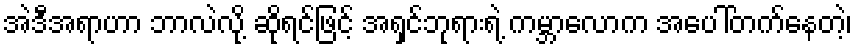
အဲဒီအရာဟာ ဘာလဲလို့ ဆိုရင်ဖြင့် အရှင်ဘုရားရဲ့ ကမ္ဘာလောက အပေါ်တက်နေတဲ့၊